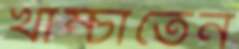
খাম্‌চাতেন